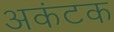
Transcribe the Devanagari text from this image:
अकंटक